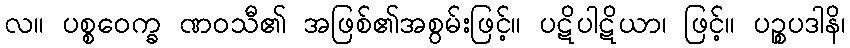
လ။ ပစ္စဝေက္ခ ဏဝသီ၏ အဖြစ်၏အစွမ်းဖြင့်။ ပဋိပါဋိယာ၊ ဖြင့်။ ပဉ္စပဒါနိ၊